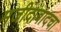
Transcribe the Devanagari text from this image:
मजीदाबादचा